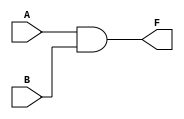
`timescale 1ns / 1ps

module and_gate(
    input A,
    input B,
    output F
    );
    
    and (F, A, B);
    
endmodule

module half_adder_structural(
    input A,
    input B,
    output sum,
    output carry
    );

    xor (sum, A, B);
    and (carry, A, B);

endmodule

module half_adder(
    input A,
    input B,
    output sum,
    output carry
    );

    assign sum = A ^ B;
    assign carry = A & B;

endmodule

module half_adder_N_bit #(parameter N = 8)(
    input inc,
    input [N-1:0] load_data,
    output [N-1:0] sum
    );

    wire [N-1:0] carry_out;
    half_adder ha0(.A(inc), .B(load_data[0]), .sum(sum[0]), .carry(carry_out[0]));
    
    genvar i;
    generate
        for (i=1;i<N;i=i+1)begin: ha
            half_adder ha(.A(carry_out[i-1]), .B(load_data[i]), .sum(sum[i]), .carry(carry_out[i]));
        end
    endgenerate
endmodule

module half_adder_behaviaral(           //  
    input A,
    input B,
    output reg sum,
    output reg carry
    );

    always @(A, B)begin
        case({A, B})
            2'b00: begin sum = 0; carry = 0; end  //
            2'b01: begin sum = 1; carry = 0; end
            2'b10: begin sum = 1; carry = 0; end
            2'b11: begin sum = 0; carry = 1; end
        endcase
    end

endmodule

module full_adder_structural(
        input A, B, cin,
        output sum, carry
    );

    wire sum_0, carry_0, carry_1;

    half_adder ha0 (.A(A), .B(B), .sum(sum_0), .carry(carry_0));
    half_adder ha1 (.A(sum_0), .B(cin), .sum(sum), .carry(carry_1));
    
    or (carry, carry_0, carry_1);

endmodule

module full_adder(
        input A, B, cin,
        output sum, carry
    );

    assign sum = A ^ B ^ cin;
    assign carry = (cin & ( A ^ B)) | (A & B);
    
endmodule

module fadder_4bit_s(
        input [3:0] a, b,
        input cin,
        output [3:0] sum, 
        output carry
    );
    
    wire [2:0] carry_in;
    
    full_adder fa0 (.A(a[0]), .B(b[0]), .cin(cin), .sum(sum[0]), .carry(carry_in[0]));
    full_adder fa1 (.A(a[1]), .B(b[1]), .cin(carry_in[0]), .sum(sum[1]), .carry(carry_in[1]));
    full_adder fa2 (.A(a[2]), .B(b[2]), .cin(carry_in[1]), .sum(sum[2]), .carry(carry_in[2]));
    full_adder fa3 (.A(a[3]), .B(b[3]), .cin(carry_in[2]), .sum(sum[3]), .carry(carry));

endmodule

module fadder_4bit(
        input [3:0] a, b,
        input cin,
        output [3:0] sum, 
        output carry
    );
    
    wire [4:0] temp;
    
    assign temp = a + b + cin;
    assign sum = temp[3:0];
    assign carry = temp[4];

endmodule

module fadd_sub_4bit_s(
        input [3:0] a, b,
        input s,                        // add: s = 0; sub: s = 1
        output [3:0] sum, 
        output carry
    );
    
    wire [2:0] carry_in;
    
    full_adder fa0 (.A(a[0]), .B(b[0] ^ s), .cin(s), .sum(sum[0]), .carry(carry_in[0]));
    full_adder fa1 (.A(a[1]), .B(b[1] ^ s), .cin(carry_in[0]), .sum(sum[1]), .carry(carry_in[1]));
    full_adder fa2 (.A(a[2]), .B(b[2] ^ s), .cin(carry_in[1]), .sum(sum[2]), .carry(carry_in[2]));
    full_adder fa3 (.A(a[3]), .B(b[3] ^ s), .cin(carry_in[2]), .sum(sum[3]), .carry(carry));

endmodule

module fadd_sub_4bit(
        input [3:0] a, b,
        input s,                        // add: s = 0; sub: s = 1
        output [3:0] sum, 
        output carry
    );
    
    wire [4:0] temp;
    
    assign temp = s ? a - b: a + b; 
    assign sum = temp[3:0];
    assign carry = s ? ~temp[4] : temp[4];
    
endmodule

module comparator #(parameter N = 4)(
        input [N-1:0] A, B,
        output equal, greater, less
    );
    
    assign equal = (A == B) ? 1'b1 : 1'b0;
    assign greater = (A > B) ? 1'b1 : 1'b0;
    assign less = (A < B) ? 1'b1 : 1'b0;

endmodule 

module decoder_2_4 (
        input [1:0] A,
        output reg [3:0] Y
    );
    
//    assign Y = (A == 2'b00) ? 4'b0001 :  (A == 2'b01) ? 4'b0010 : (A == 2'b10) ? 4'b0100 : 4'b1000;
    
    always @(A) begin 
        case(A)
            2'b00: Y = 4'b0001;
            2'b01: Y = 4'b0010;
            2'b10: Y = 4'b0100;
            2'b11: Y = 4'b1000;
        endcase
    end

//    always @(A) begin 
//        if (A == 2'b00) Y = 4'b0001;
//        else if(A == 2'b01) Y = 4'b0010;
//        else if(A == 2'b10) Y = 4'b0100;
//        else Y = 4'b1000;
//    end
endmodule

module decoder_2_4_en (
        input [1:0] A,
        input en,
        output [3:0] Y
    );
    
    assign Y = !en ? 4'b0000 : (A == 2'b00) ? 4'b0001 :  (A == 2'b01) ? 4'b0010 : (A == 2'b10) ? 4'b0100 : 4'b1000;
    
//    always @(A) begin 
//        if (en) begin
//            case(A)
//                2'b00: Y = 4'b0001;
//                2'b01: Y = 4'b0010;
//                2'b10: Y = 4'b0100;
//                2'b11: Y = 4'b1000;
//            endcase
//        end
//        else Y = 0;
//    end

//    always @(A) begin 
//         if(en) begin
//            if(A==2'b00) Y=4'b0001;
//            else if(A==2'b01) Y=4'b0010;
//            else if(A==2'b10) Y=4'b0100;
//            else Y=4'b1000;
//        end
//        else Y = 0;
//    end
//    always @(A) begin 
//        if(!en) Y = 0;
//        else if(A==2'b00) Y = 4'b0001;
//        else if(A==2'b01) Y = 4'b0010;
//        else if(A==2'b10) Y = 4'b0100;
//        else Y = 4'b1000;
//    end
endmodule

module decoder_3_8_LDG(
        input [2:0] A,
        output [7:0] Y
    );
    decoder_2_4_en dut1(A[1:0], !A[2], Y[3:0]);
    decoder_2_4_en dut2(A[1:0], A[2], Y[7:4]);
endmodule

module decoder_7seg(
        input [3:0] hex_value,
        output reg [7:0] seg_7
    );

    always @(hex_value) begin
        case(hex_value)
            4'b0000: seg_7 =  8'b0000_0011;
            4'b0001: seg_7 =  8'b1001_1111;
            4'b0010: seg_7 =  8'b0010_0101;
            4'b0011: seg_7 =  8'b0000_1101;
            4'b0100: seg_7 =  8'b1001_1001;
            4'b0101: seg_7 =  8'b0100_1001;
            4'b0110: seg_7 =  8'b0100_0001;
            4'b0111: seg_7 =  8'b0001_1111;
            4'b1000: seg_7 =  8'b0000_0001;
            4'b1001: seg_7 =  8'b0000_1001;
            4'b1010: seg_7 =  8'b0001_0001;
            4'b1011: seg_7 =  8'b1100_0001;
            4'b1100: seg_7 =  8'b0110_0011;
            4'b1101: seg_7 =  8'b1000_0101;
            4'b1110: seg_7 =  8'b0110_0001;
            4'b1111: seg_7 =  8'b0111_0001;
        endcase
    end
endmodule

module fnd_test_top(
    input clk,
    output [7:0] seg_7,
    output [3:0] com
);

    assign com = 4'b0011;
    
    reg [25:0] clk_div;
    
    always @(posedge clk) clk_div = clk_div + 1;
    
    reg [3:0] count;
    always @(negedge clk_div[25])begin
        count = count + 1;
    end
    wire [7:0] seg_7_font;
    decoder_7seg seg7 (.hex_value(count), .seg_7(seg_7_font));
    assign seg_7 = ~seg_7_font;
endmodule

module encoder_4_2(
        input [3:0] D,
        output [1:0] B
    );

    assign B = (D == 4'b0001) ? 2'b00 : (D == 4'b0010) ? 2'b01 : (D == 4'b0100) ? 2'b10 : 2'b11; 

endmodule

module mux_2_1 (
        input [1:0] d,
        input s,
        output f
    );
    
    assign f = s ? d[1] : d[0];

//    wire sbar, in0, in1;
    
//    not (sbar, s);
//    and (in0, d[0], sbar);
//    and (in1, d[1], s);
//    or (f, in0, in1);

endmodule

module mux_4_1 (
        input [3:0] d,
        input [1:0] s,
        output f
    );
    
    assign f = d[s];
    
endmodule

module mux_8_1 (
        input [7:0] d,
        input [2:0] s,
        output f
    );
    
    assign f = d[s];
    
endmodule

module demux_1_4 (
        input d,
        input [1:0] s,
        output [3:0] f
    );

//    always @* begin
//        f = 0;
//        f[s] = d;
//    end

    assign f = (s == 2'b00) ? {3'b000, d} : (s == 2'b01) ? {2'b00, d, 1'b0} : (s == 2'b10) ? {1'b0, d, 2'b00} : {d, 3'b000};

endmodule

module mux_test_top (
        input [7:0] d, 
        input [2:0] s_mux,
        input [1:0] s_demux,
        output [3:0] f
    );

    wire w;
    
    mux_8_1  mux (.d(d), .s(s_mux), .f(w));
    demux_1_4 demux (.d(w), .s(s_demux), .f(f));

endmodule

module bin_to_dec(
        input [11:0] bin,
        output reg [15:0] bcd
    );

    reg [3:0] i;
    
    always @(bin) begin
        bcd = 0;
        for (i=0;i<12;i=i+1)begin
            bcd = {bcd[14:0], bin[11-i]};
            if(i < 11 && bcd[3:0] > 4) bcd[3:0] = bcd[3:0] + 3;
            if(i < 11 && bcd[7:4] > 4) bcd[7:4] = bcd[7:4] + 3;
            if(i < 11 && bcd[11:8] > 4) bcd[11:8] = bcd[11:8] + 3;
            if(i < 11 && bcd[15:12] > 4) bcd[15:12] = bcd[15:12] + 3;
        end
    end
endmodule